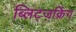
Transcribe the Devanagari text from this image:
ब्लिट्जक्रिंग